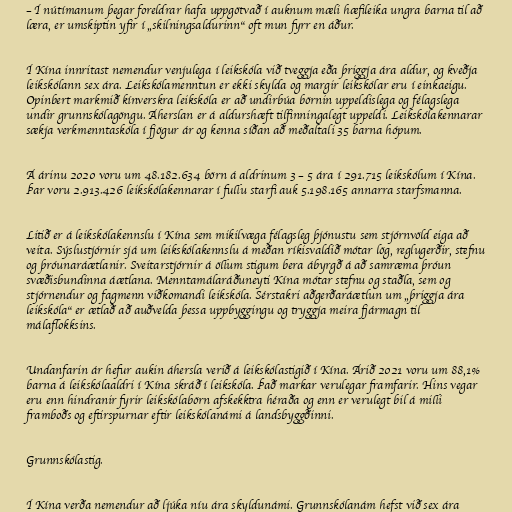
– Í nútímanum þegar foreldrar hafa uppgötvað í auknum mæli hæfileika ungra barna til að
læra, er umskiptin yfir í „skilningsaldurinn“ oft mun fyrr en áður.

Í Kína innritast nemendur venjulega í leikskóla við tveggja eða þriggja ára aldur, og kveðja
leikskólann sex ára. Leikskólamenntun er ekki skylda og margir leikskólar eru í einkaeigu.
Opinbert markmið kínverskra leikskóla er að undirbúa börnin uppeldislega og félagslega
undir grunnskólagöngu. Áherslan er á aldurshæft tilfinningalegt uppeldi. Leikskólakennarar
sækja verkmenntaskóla í fjögur ár og kenna síðan að meðaltali 35 barna hópum.

Á árinu 2020 voru um 48.182.634 börn á aldrinum 3 – 5 ára í 291.715 leikskólum í Kína.
Þar voru 2.913.426 leikskólakennarar í fullu starfi auk 5.198.165 annarra starfsmanna.

Litið er á leikskólakennslu í Kína sem mikilvæga félagsleg þjónustu sem stjórnvöld eiga að
veita. Sýslustjórnir sjá um leikskólakennslu á meðan ríkisvaldið mótar lög, reglugerðir, stefnu
og þróunaráætlanir. Sveitarstjórnir á öllum stigum bera ábyrgð á að samræma þróun
svæðisbundinna áætlana. Menntamálaráðuneyti Kína mótar stefnu og staðla, sem og
stjórnendur og fagmenn viðkomandi leikskóla. Sérstakri aðgerðaráætlun um „þriggja ára
leikskóla“ er ætlað að auðvelda þessa uppbyggingu og tryggja meira fjármagn til
málaflokksins.

Undanfarin ár hefur aukin áhersla verið á leikskólastigið í Kína. Árið 2021 voru um 88,1%
barna á leikskólaaldri í Kína skráð í leikskóla. Það markar verulegar framfarir. Hins vegar
eru enn hindranir fyrir leikskólabörn afskekktra héraða og enn er verulegt bil á milli
framboðs og eftirspurnar eftir leikskólanámi á landsbyggðinni.

Grunnskólastig.

Í Kína verða nemendur að ljúka níu ára skyldunámi. Grunnskólanám hefst við sex ára